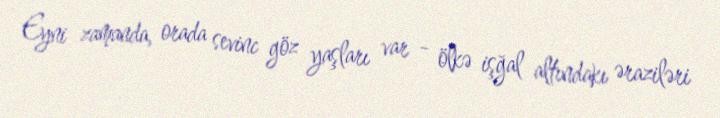
Eyni zamanda, orada sevinc göz yaşları var - ölkə işğal altındakı əraziləri